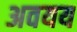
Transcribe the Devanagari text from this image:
अवयय